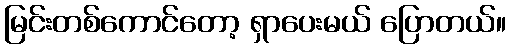
မြင်းတစ်ကောင်တော့ ရှာပေးမယ် ပြောတယ်။